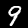
Digit: 9